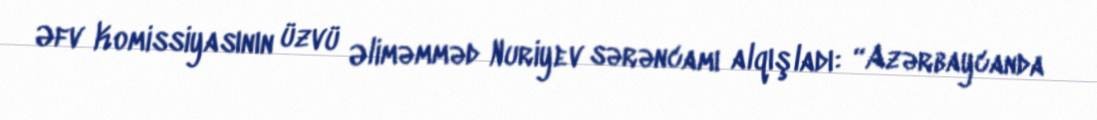
Əfv Komissiyasının üzvü Əliməmməd Nuriyev sərəncamı alqışladı: “Azərbaycanda